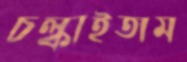
চল্‌কাইতাম